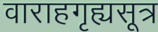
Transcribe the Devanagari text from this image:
वाराहगृह्यसूत्र